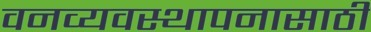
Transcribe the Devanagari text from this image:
वनव्यवस्थापनासाठी